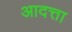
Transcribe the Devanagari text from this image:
आदत्ता